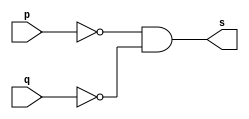
// --------------------- 
// Exemplo0010 - nor - de morgan 
// Nome: Ana Cristina Pereira Teixeira
// 05. Construir a tabela_verdade para a porta NOR com 2 entradas.
// Obs.: Usar na definio do mdulo a propriedade de Morgan.
// ---------------------

// --------------------- 
// -- nor gate 
// --------------------- 
module norgate (output s, input p, input q);
	assign s = ~p & ~q; // vinculo permanente
endmodule // nor

// --------------------- 
// -- test norgate 
// --------------------- 
module testnorgate; 
// ------------------------- dados locais 
	reg a, b; // definir registrador 
	wire s; // definir conexao (fio) 
// ------------------------- instancia 
	norgate NOR1 (s, a, b);
// ------------------------- preparacao
	initial begin:start
		a = 0;
		b = 0;
	end
// ------------------------- parte principal
	initial begin:main
		$display("Exemplo0010 - Exercicio0005 - Ana Cristina Pereira Teixeira - 427385");
		$display("Test nor gate");
		$display("\n ~a & ~b = s\n");
		$monitor("~%b & ~%b = %b", a, b, s);
		#1 a = 0; b = 0;
		#1 a = 0; b = 1;
		#1 a = 1; b = 0;
		#1 a = 1; b = 1;
	end
endmodule // testnorgate
// previsao de testes
// ~a & ~b
// resultados esperados
// ~0 & ~0 = 1 & 1 = 1
// ~0 & ~1 = 1 & 0 = 0
// ~1 & ~0 = 0 & 1 = 0
// ~1 & ~1 = 0 & 0 = 0
// conclusao norgate funcionou corretamente como o esperado